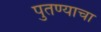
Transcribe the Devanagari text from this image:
पुतण्याचा